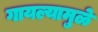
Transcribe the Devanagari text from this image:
गायल्यामुळे